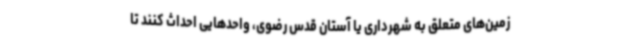
زمین‌های متعلق به شهرداری یا آستان قدس رضوی، واحدهایی احداث کنند تا